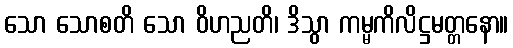
သော သောစတိ သော ဝိဟညတိ၊ ဒိသွာ ကမ္မကိလိဋ္ဌမတ္တနော။